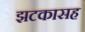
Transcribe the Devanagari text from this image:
झटकासह